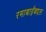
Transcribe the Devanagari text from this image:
रमाबाईंबद्दल